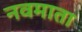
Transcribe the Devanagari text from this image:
नवमाता